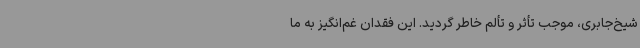
شیخ‌جابری، موجب تأثر و تألم خاطر گردید. این فقدان غم‌انگیز به ما